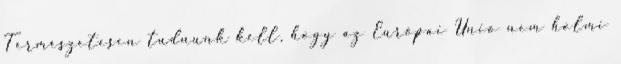
Természetesen tudnunk kell, hogy az Európai Unió nem holmi